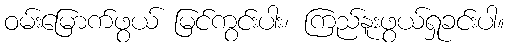
ဝမ်းမြောက်ဖွယ် မြင်ကွင်းပါး၊ ကြည်နူးဖွယ်ရှုခင်းပါ။